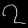
Digit: ၇